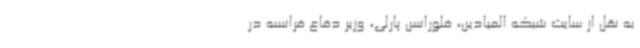
به نقل از سایت شبکه المیادین، فلورانس پارلی، وزیر دفاع فرانسه در